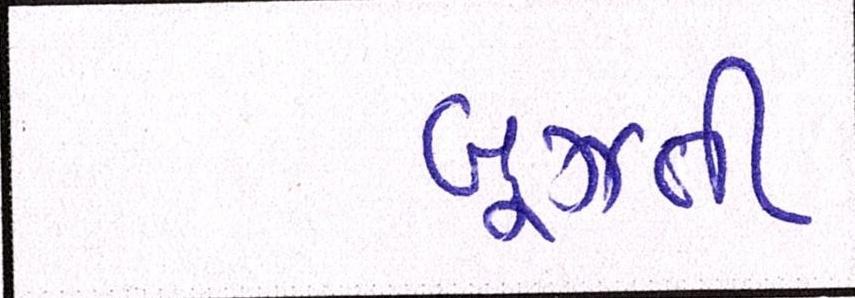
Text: બૂઝતી